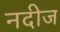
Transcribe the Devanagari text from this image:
नदीज